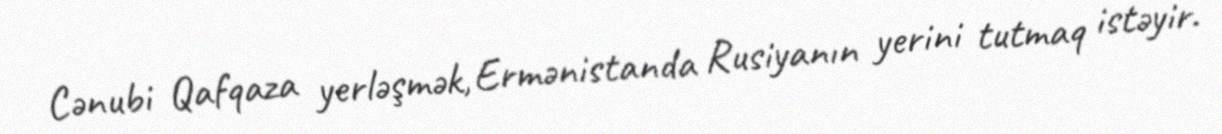
Cənubi Qafqaza yerləşmək, Ermənistanda Rusiyanın yerini tutmaq istəyir.